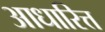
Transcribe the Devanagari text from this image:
आधारित्त